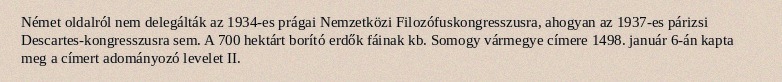
Német oldalról nem delegálták az 1934-es prágai Nemzetközi Filozófuskongresszusra, ahogyan az 1937-es párizsi Descartes-kongresszusra sem. A 700 hektárt borító erdők fáinak kb. Somogy vármegye címere 1498. január 6-án kapta meg a címert adományozó levelet II.